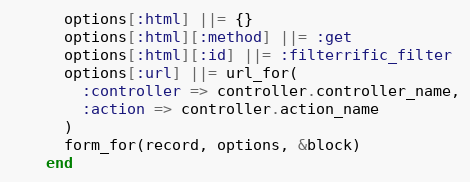
Language: Ruby
      options[:html] ||= {}
      options[:html][:method] ||= :get
      options[:html][:id] ||= :filterrific_filter
      options[:url] ||= url_for(
        :controller => controller.controller_name,
        :action => controller.action_name
      )
      form_for(record, options, &block)
    end